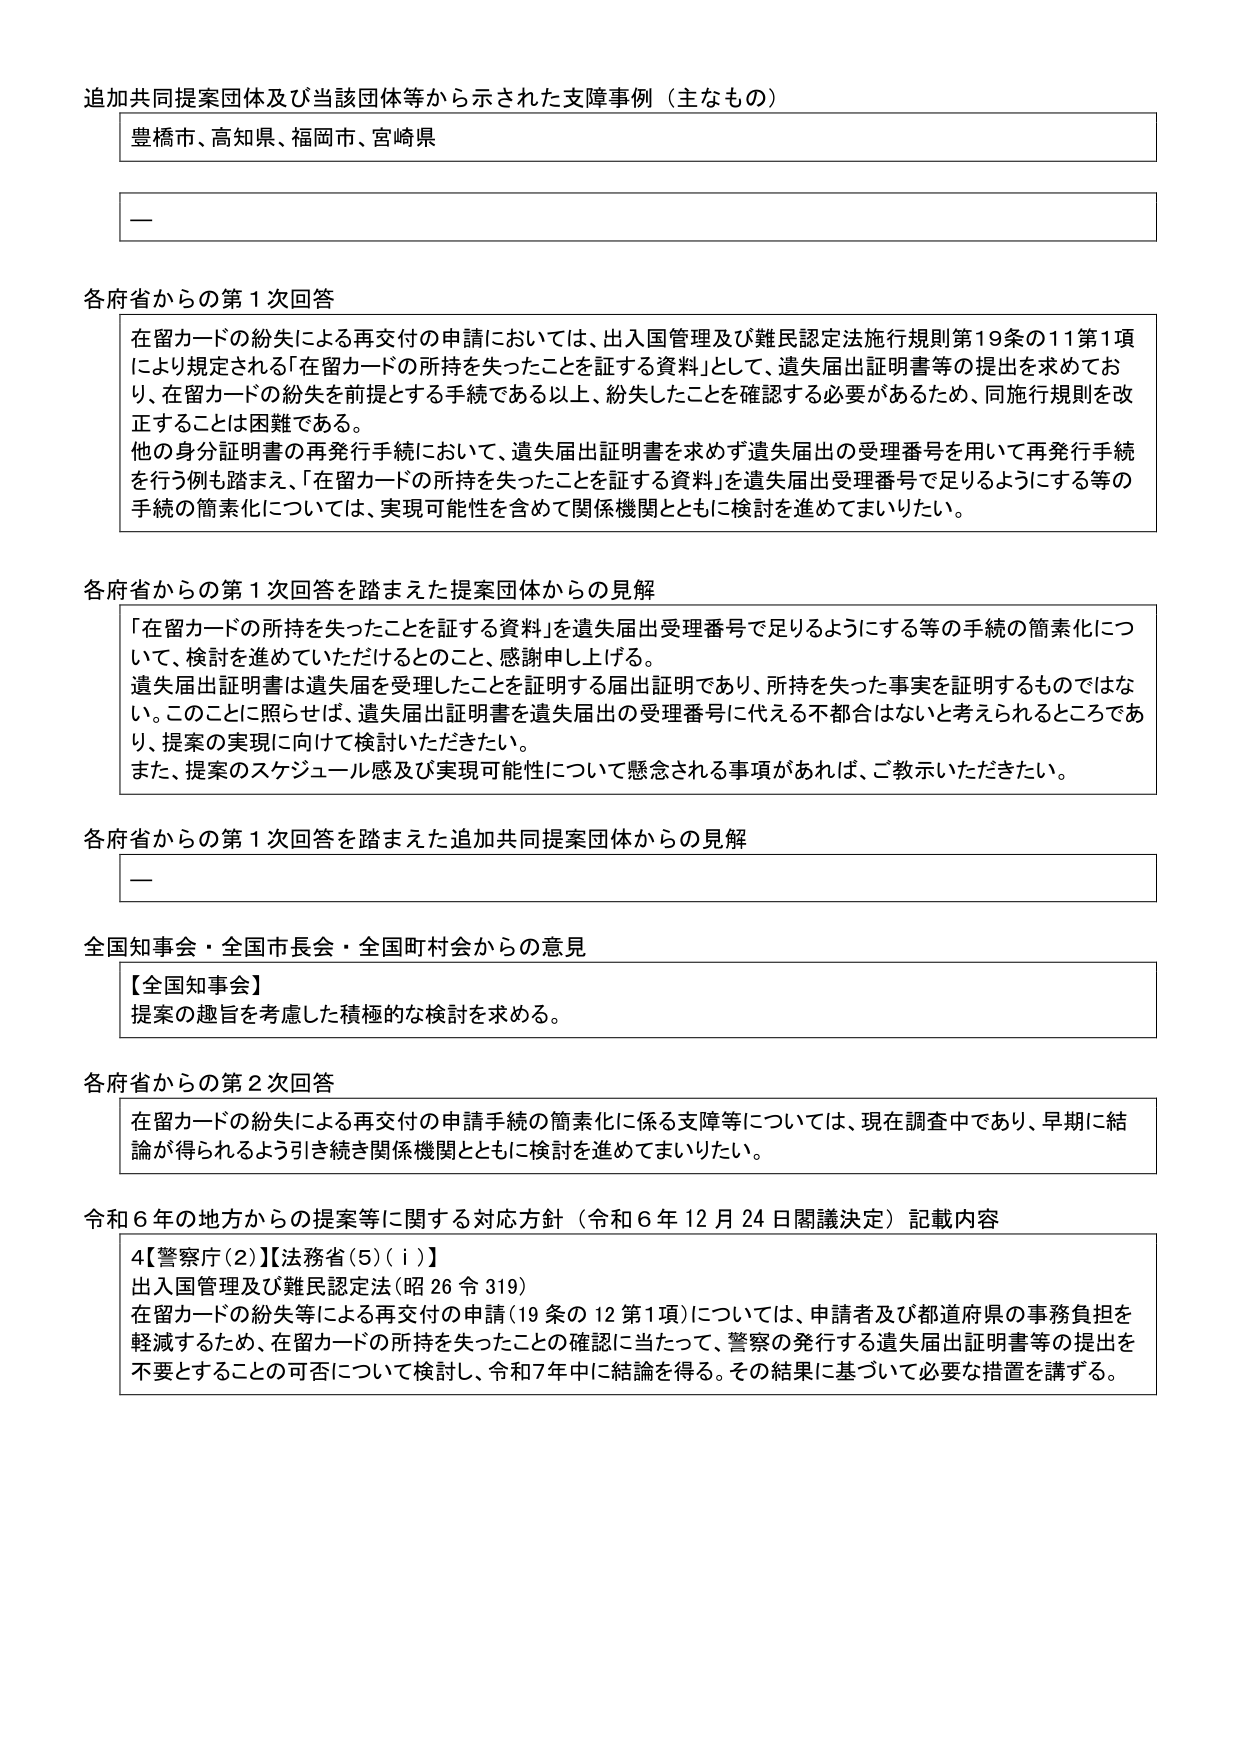
追加共同提案団体及び当該団体等から示された支障事例（主なもの）
豊橋市、高知県、福岡市、宮崎県
―
各府省からの第１次回答
在留カードの紛失による再交付の申請においては、出入国管理及び難民認定法施行規則第19条の11第1項
により規定される「在留カードの所持を失ったことを証する資料」として、遺失届出証明書等の提出を求めてお
り、在留カードの紛失を前提とする手続である以上、紛失したことを確認する必要があるため、同施行規則を改
正することは困難である。
他の身分証明書の再発行手続において、遺失届出証明書を求めず遺失届出の受理番号を用いて再発行手続
を行う例も踏まえ、「在留カードの所持を失ったことを証する資料」を遺失届出受理番号で足りるようにする等の
手続の簡素化については、実現可能性を含めて関係機関とともに検討を進めてまいりたい。
各府省からの第１次回答を踏まえた提案団体からの見解
「在留カードの所持を失ったことを証する資料」を遺失届出受理番号で足りるようにする等の手続の簡素化につ
いて、検討を進めていただけるとのこと、感謝申し上げる。
遺失届出証明書は遺失届を受理したことを証明する届出証明であり、所持を失った事実を証明するものではな
い。このことに照らせば、遺失届出証明書を遺失届出の受理番号に代える不都合はないと考えられるところであ
り、提案の実現に向けて検討いただきたい。
また、提案のスケジュール感及び実現可能性について懸念される事項があれば、ご教示いただきたい。
各府省からの第１次回答を踏まえた追加共同提案団体からの見解
―
全国知事会・全国市長会・全国町村会からの意見
【全国知事会】
提案の趣旨を考慮した積極的な検討を求める。
各府省からの第２次回答
在留カードの紛失による再交付の申請手続の簡素化に係る支障等については、現在調査中であり、早期に結
論が得られるよう引き続き関係機関とともに検討を進めてまいりたい。
令和６年の地方からの提案等に関する対応方針（令和６年12月24日閣議決定）記載内容
4【警察庁(2)】【法務省(5)(ⅰ)】
出入国管理及び難民認定法（昭26令319）
在留カードの紛失等による再交付の申請（19条の12第1項）については、申請者及び都道府県の事務負担を
軽減するため、在留カードの所持を失ったことの確認に当たって、警察の発行する遺失届出証明書等の提出を
不要とすることの可否について検討し、令和7年中に結論を得る。その結果に基づいて必要な措置を講ずる。